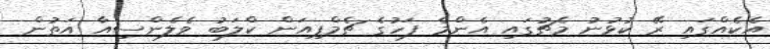
އެކެއްގައި ރޭ ކުޅުނު މެޗުގައި އެންމެ ފަހުގެ ޗެމްޕިއަން ކްލަބު ވެލެންސިއާ އަތުން